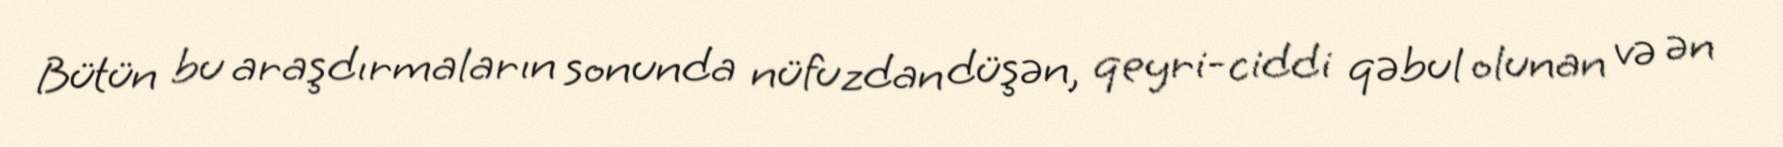
Bütün bu araşdırmaların sonunda nüfuzdan düşən, qeyri-ciddi qəbul olunan və ən